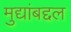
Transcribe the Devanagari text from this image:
मुद्यांबद्दल